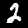
Label: 2